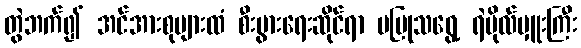
တွဲဘက်၍ အင်အားစုများထံ စီးပွားရေးဆိုင်ရာ မပြုသရွေ့ ရဲဗိုလ်မှူးကြီး